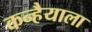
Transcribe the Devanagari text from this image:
कन्हैयाला